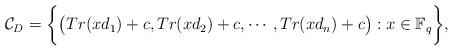
LaTeX: \begin{align*}\mathcal{C}_{D}=\biggl\lbrace\bigl(Tr(xd_{1})+c,Tr(xd_{2})+c,\cdots,Tr(xd_{n})+c\bigr):x\in \mathbb{F}_{q} \biggr\rbrace,\end{align*}